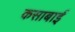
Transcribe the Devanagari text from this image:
कसाबाई